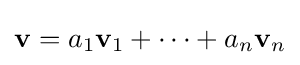
\mathbf {v} =a_{1}\mathbf {v} _{1}+\cdots +a_{n}\mathbf {v} _{n}